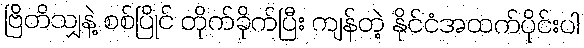
ဗြိတိသျှနဲ့ စစ်ပြိုင် တိုက်ခိုက်ပြီး ကျန်တဲ့ နိုင်ငံအထက်ပိုင်းပါ